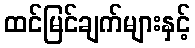
ထင်မြင်ချက်များနှင့်